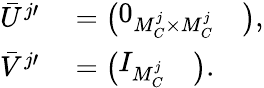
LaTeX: \begin{array}{rl}{\bar{U}^{j\prime}}&{{}=\left(\begin{array}{ll}{0_{M_{C}^{j}\times M_{C}^{j}}}&{}\end{array}\right),}\\ {\bar{V}^{j\prime}}&{{}=\left(\begin{array}{ll}{I_{M_{C}^{j}}}&{}\end{array}\right).}\end{array}